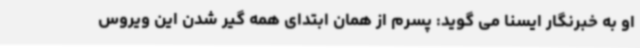
او به خبرنگار ایسنا می گوید: پسرم از همان ابتدای همه گیر شدن این ویروس